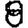
Digit: 8